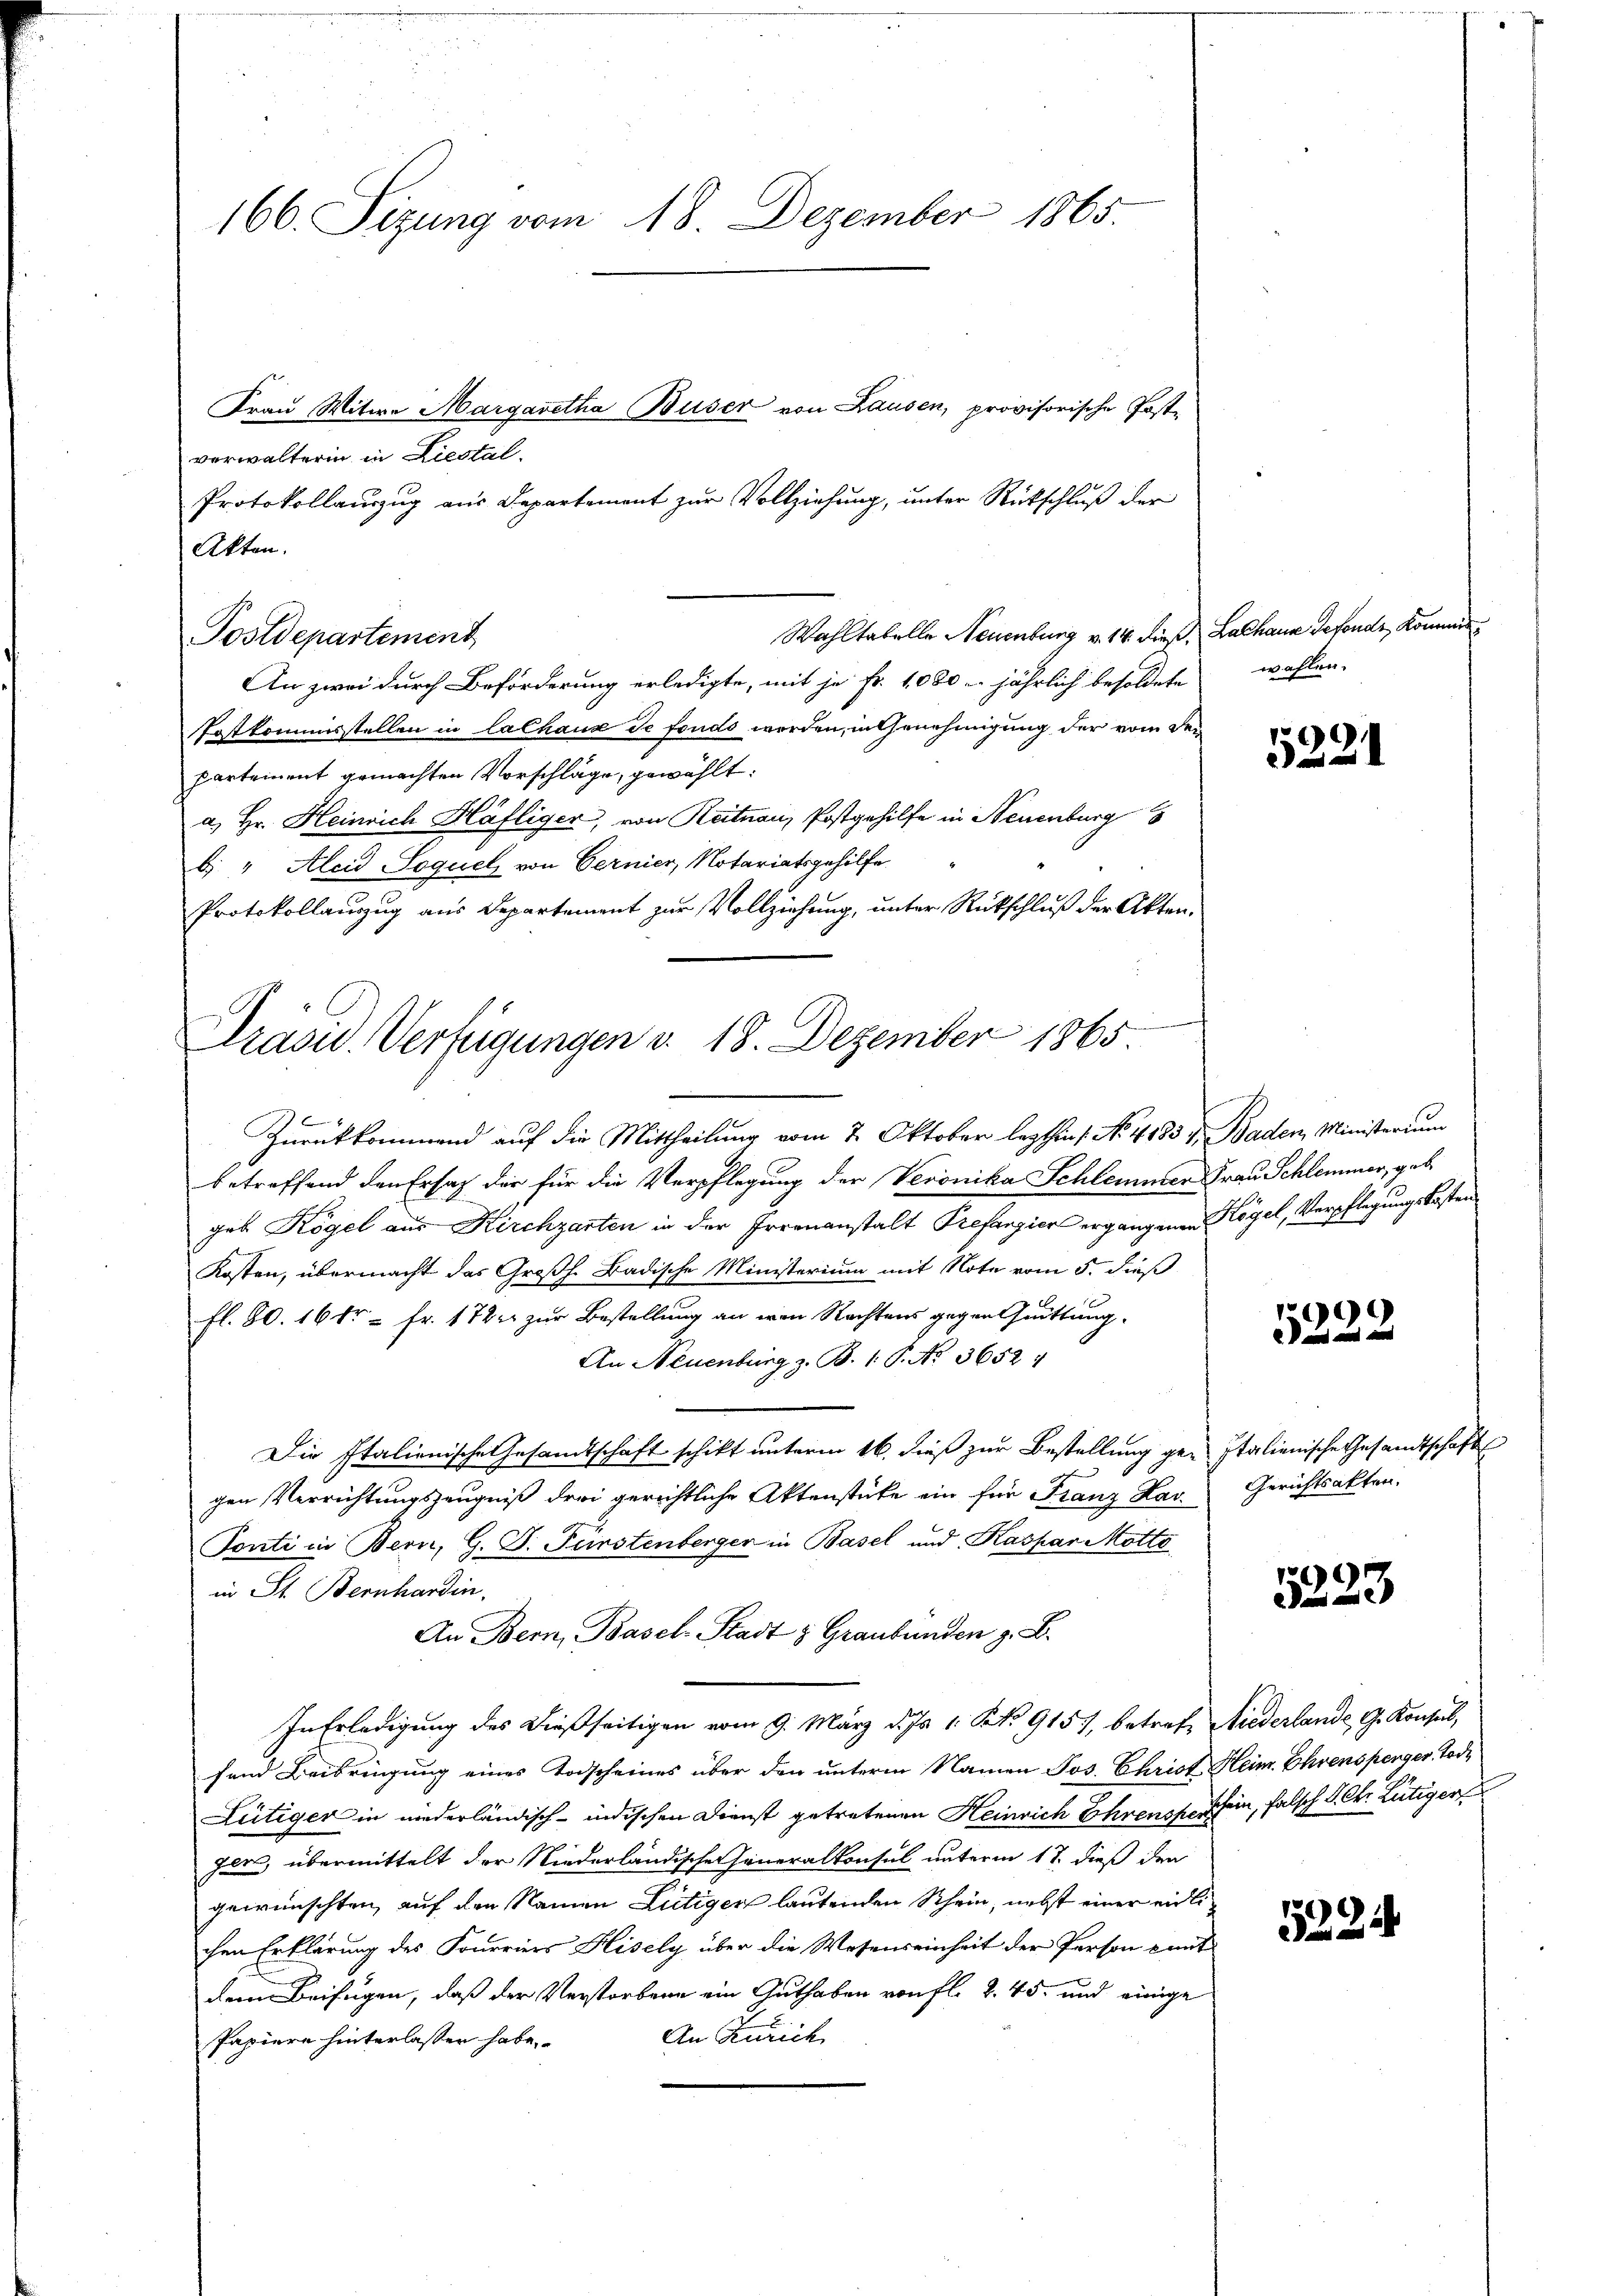
166. Sizung vom 18. Dezember 1865.

verwalterin in Liestal.
Protokollauszug aus Departement zur Vollziehung, unter Rückschluß der
Akten.
Wahltabelle Neuenburg v. 14. dieß. Lalhaus Gefonder, Kommen
Postdepartement
An zwei durch Beförderung erledigte, mit je Fr. 1080 jährlich besoldete wohlen,
Postkommisstellen in lalhaus de fonds werden, in Genehmigung der vom Deipartement gemachten Vorschläge, gewählt:
a. Hr. Heinrich Häfliger, von Reitnau, Postgehilfe in Neuenburg
b. " Alcid Soquel von Gernier, Notariatsgehilfe.
Protokollauszug aus Departement zur Vollziehung, unter Rückschluß der Akten.
n

Frau Witwe Margaretha Buser von Hausen, provisorische Post¬

Präsid. Verfügungen v. 18. Dezember 1865

Zurückkommend auf die Mittheilung vom 2. Oktober lezthin s. No 4883 v. Baden, Ministerium
betreffend den Ersatz der für die Verpflegung der Veronika Schlemmer Frau Schlemmer, geb
geb. Kogel aus Kirchzarten in der Irrenanstalt Prefangier ergangenen Kögel, Verpflegungskosten
Kosten, übermacht das Großh. Badische Ministerium mit Note vom 5. dieß
fl. 80. 1614 = Fr. 172 zur Bestellung an ein Nachtens gegen Quittung.
An Neuenburg z. B. 1. P. No. 36524
Die Italienische Gesandtschaft schikt unterm 16. dieß zur Bestellung ge- Italienische Gesandtschaft
gen Verrichtungszeugniß drei gerichtliche Aktenstücke ein für Franz Hav
Tonti in Bern, G. D. Fürstenberger in Basel und Kaspar Motto
in St. Bernhardin.
In Erledigung des dießseitigen vom 9. März d. Js. 1. No. 915), betref Niederlande G. Konsul,
fend Beibringung eines Todscheines über den unteren Namen Jos. Christ Heim. Ehrensperger Tode
Lütiger in niederländisch-indischen Dienst getretenen Heinrich Ehrensperschein, falsch I. Chr. Lütiger
Jars, übermittelt der Niederländische Generalkonsul unterm 17. dieß der
gewünschten, auf den Namen Lütiger lautenden Schein, nebst einer eidlichen Erklärung des Fourriers Hisely über die Wesenseinheit der Person mit
dern Beifügen, daß der Verstorbene ein Guthaben von fl. 2. 45. und einige
An Zürich
Papiere hinterlassen habe.

An Bern, Basel-Stadt & Graubünden z. B.

5221

5222

Gerichtsakten.

5223

5224